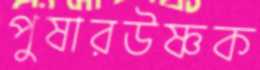
পুষারউষ্ণক